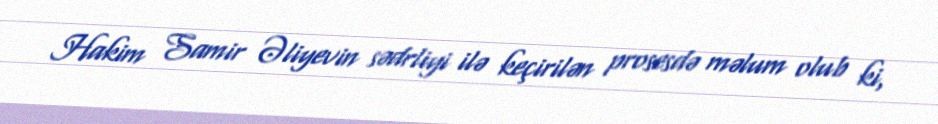
Hakim Samir Əliyevin sədrliyi ilə keçirilən prosesdə məlum olub ki,